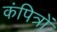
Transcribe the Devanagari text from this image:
कंपित्रों